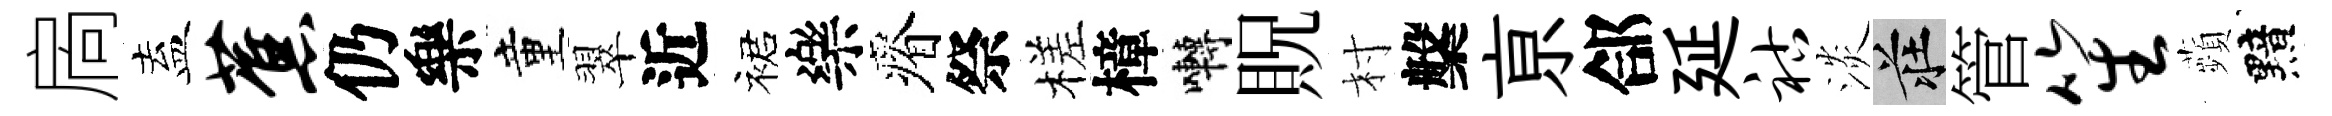
扄盍蕉仍樂童翠近裙樂瘠祭槎樟囀貺村槃亰郃延祜淡莊管笙蘋黯